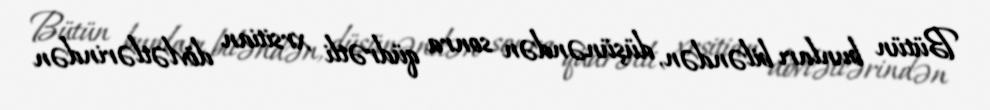
Bütün bunları biləndən, düşünəndən sonra qüdrətli xrsitian dövlətlərindən